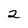
Character: 2